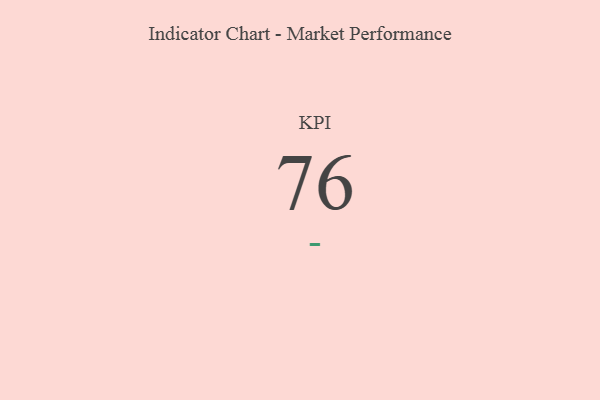
{"axis": {"x": "KPI", "y": "Value"}, "legend": [""], "data": [{"x": "KPI", "y": 76, "type": ""}]}